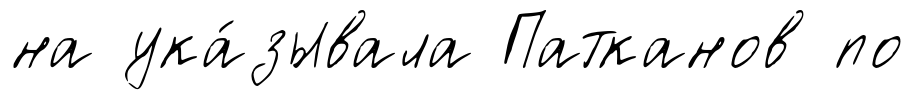
на ука́зывала Патканов по